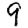
Digit: 9